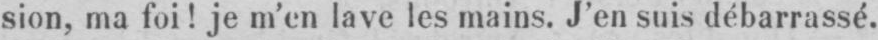
sion, ma foi! je m’en lave les mains. J’en suis débarrassé.